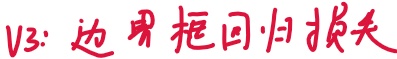
v3: 边界框回归损失